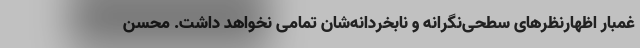
غمبار اظهارنظرهای سطحی‌نگرانه و نابخردانه‌شان تمامی نخواهد داشت. محسن